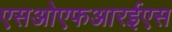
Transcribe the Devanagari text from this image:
एसओएफआरईएस